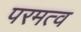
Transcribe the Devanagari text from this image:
परमत्व